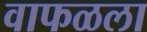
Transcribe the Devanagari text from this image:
वाफळला